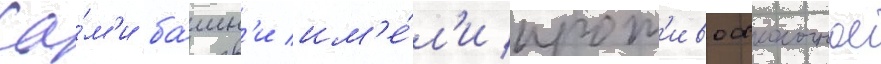
Са́м'и ба́шн'и им'е́л'и прот'ивоосколочное